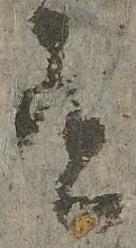
有